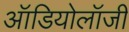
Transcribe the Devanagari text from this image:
ऑडियोलॉजी